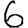
Digit: 6